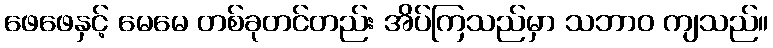
ဖေဖေနှင့် မေမေ တစ်ခုတင်တည်း အိပ်ကြသည်မှာ သဘာဝ ကျသည်။